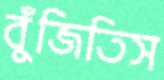
বুঁজিতিস